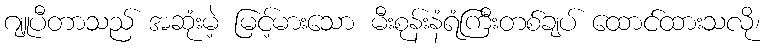
ဂျူပီတာသည် အဆုံးမဲ့ မြင့်မားသော မီးစုန်းနံရံကြီးတစ်ချပ် ထောင်ထားသလို၊